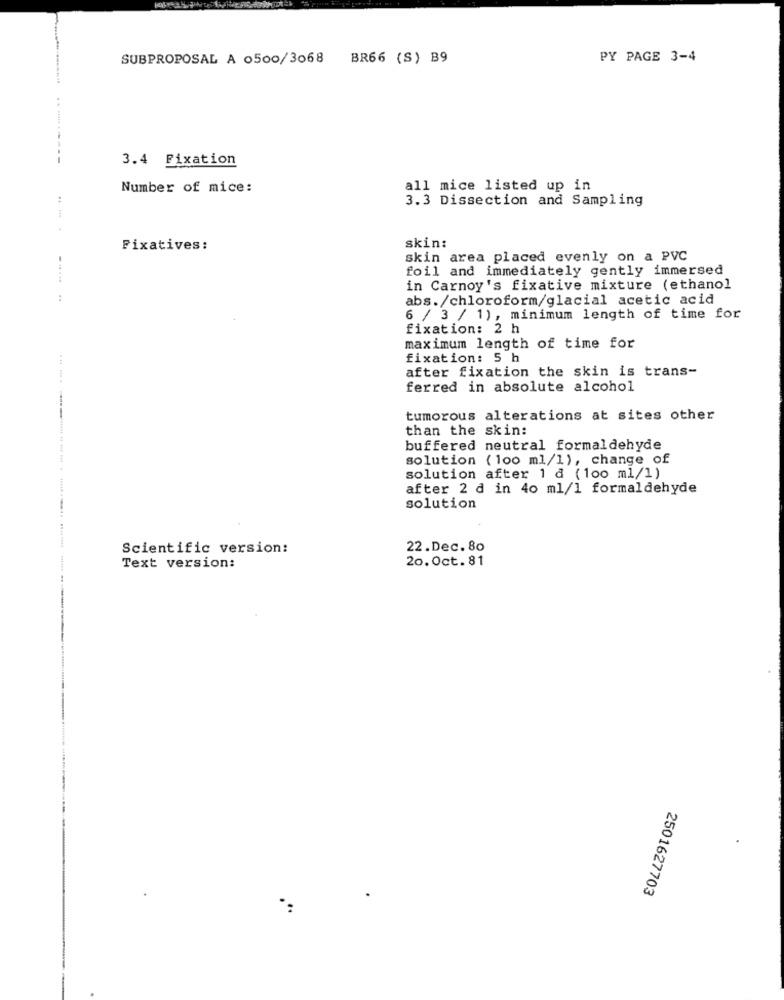
SUBPROPOSAL A 0500/3068
BR66 (S) B9
PY PAGE 3-4
3.4 Fixation
Number of mice:
all mice listed up in
3.3 Dissection and Sampling
....
Pixatives:
skin:
skin area placed evenly on a PVC
foil and immediately gently immersed
in Carnoy's fixative mixture (ethanol
:
abs./chloroform/glacial acetic acid
6 / 3 / 1), minimum length of time for
fixation: 2 h
maximum length of time for
fixation: 5 h
after fixation the skin is trans-
ferred in absolute alcohol
tumorous alterations at sites other
than the skin:
buffered neutral formaldehyde
solution (100 ml/1), change of
solution after 1 d (100 ml/1)
after 2 d in 40 ml/1 formaldehyde
solution
Scientific version:
22.Dec. 80
20.0ct.81
Text version:
2501627703